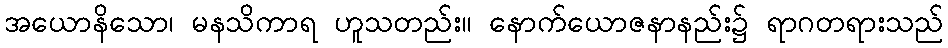
အယောနိသော၊ မနသိကာရ ဟူသတည်း။ နောက်ယောဇနာနည်း၌ ရာဂတရားသည်